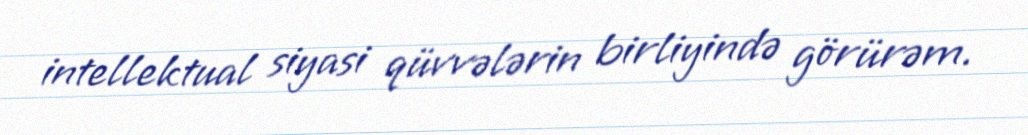
intellektual siyasi qüvvələrin birliyində görürəm.